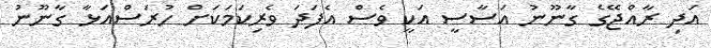
އަދި ރާއްޖޭގެ ގާނޫނު އަސާސީ އަކީ ވެސް އެފަދަ ވެރިކަމަކަށް ހުރަސްއަޅާ ގާނޫނު